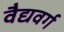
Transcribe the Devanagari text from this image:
वैद्यवर्ग